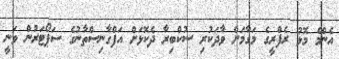
އެންމެ މޮޅު ރެފްރީގެ މަގާމަށް ވާދަކުރި ސުކްބިރާ ދެކޮޅަށް އަފްގާނިސްތާނުގެ ސަޕޯޓަރުން ވަނީ